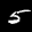
Label: 5